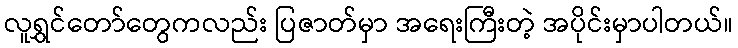
လူရွှင်တော်တွေကလည်း ပြဇာတ်မှာ အရေးကြီးတဲ့ အပိုင်းမှာပါတယ်။